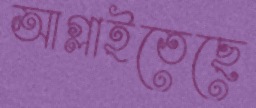
আগ্‌লাইতেছে